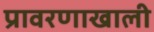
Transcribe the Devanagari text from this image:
प्रावरणाखाली